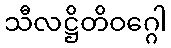
သီလဋ္ဌိတိဝဂ္ဂေါ